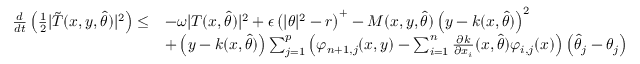
\begin{array} { r l } { \frac { d } { d t } \left( \frac { 1 } { 2 } \vert \tilde { T } ( x , y , \hat { \theta } ) \vert ^ { 2 } \right) \leq } & { - \omega \vert T ( x , \hat { \theta } ) \vert ^ { 2 } + \epsilon \left( \vert \theta \vert ^ { 2 } - r \right) ^ { + } - M ( x , y , \hat { \theta } ) \left( y - k ( x , \hat { \theta } ) \right) ^ { 2 } } \\ & { + \left( y - k ( x , \hat { \theta } ) \right) \sum _ { j = 1 } ^ { p } \left( \varphi _ { n + 1 , j } ( x , y ) - \sum _ { i = 1 } ^ { n } \frac { \partial k } { \partial x _ { i } } ( x , \hat { \theta } ) \varphi _ { i , j } ( x ) \right) \left( \hat { \theta } _ { j } - \theta _ { j } \right) } \end{array}